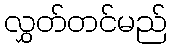
လွှတ်တင်မည်